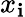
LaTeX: x_{\mathbf{i}}